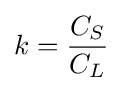
k={\frac {C_{S}}{C_{L}}}